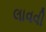
લાવવી